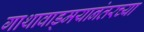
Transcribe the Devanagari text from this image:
गाथावाड्मयानंतरच्या